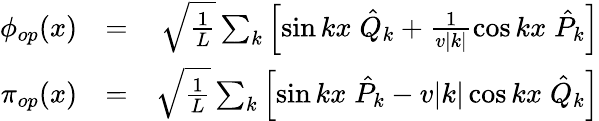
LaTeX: \begin{array}{rlr}{\phi_{op}(x)}&{=}&{\sqrt{\frac{1}{L}}\sum_{k}\left[\sin kx\; \hat{Q}_{k}+\frac{1}{v|k|}\cos kx\; \hat{P}_{k}\right]}\\ {\pi_{op}(x)}&{=}&{\sqrt{\frac{1}{L}}\sum_{k}\left[\sin kx\; \hat{P}_{k}-v|k|\cos kx\; \hat{Q}_{k}\right]}\end{array}